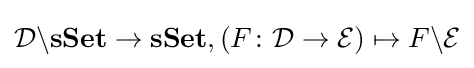
{\mathcal {D}}\backslash \mathbf {sSet} \rightarrow \mathbf {sSet} ,(F\colon {\mathcal {D}}\rightarrow {\mathcal {E}})\mapsto F\backslash {\mathcal {E}}